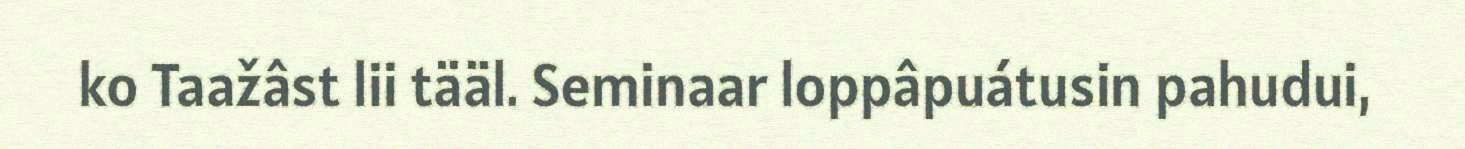
ko Taažâst lii tääl. Seminaar loppâpuátusin pahudui,